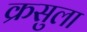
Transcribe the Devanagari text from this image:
क्रसुला